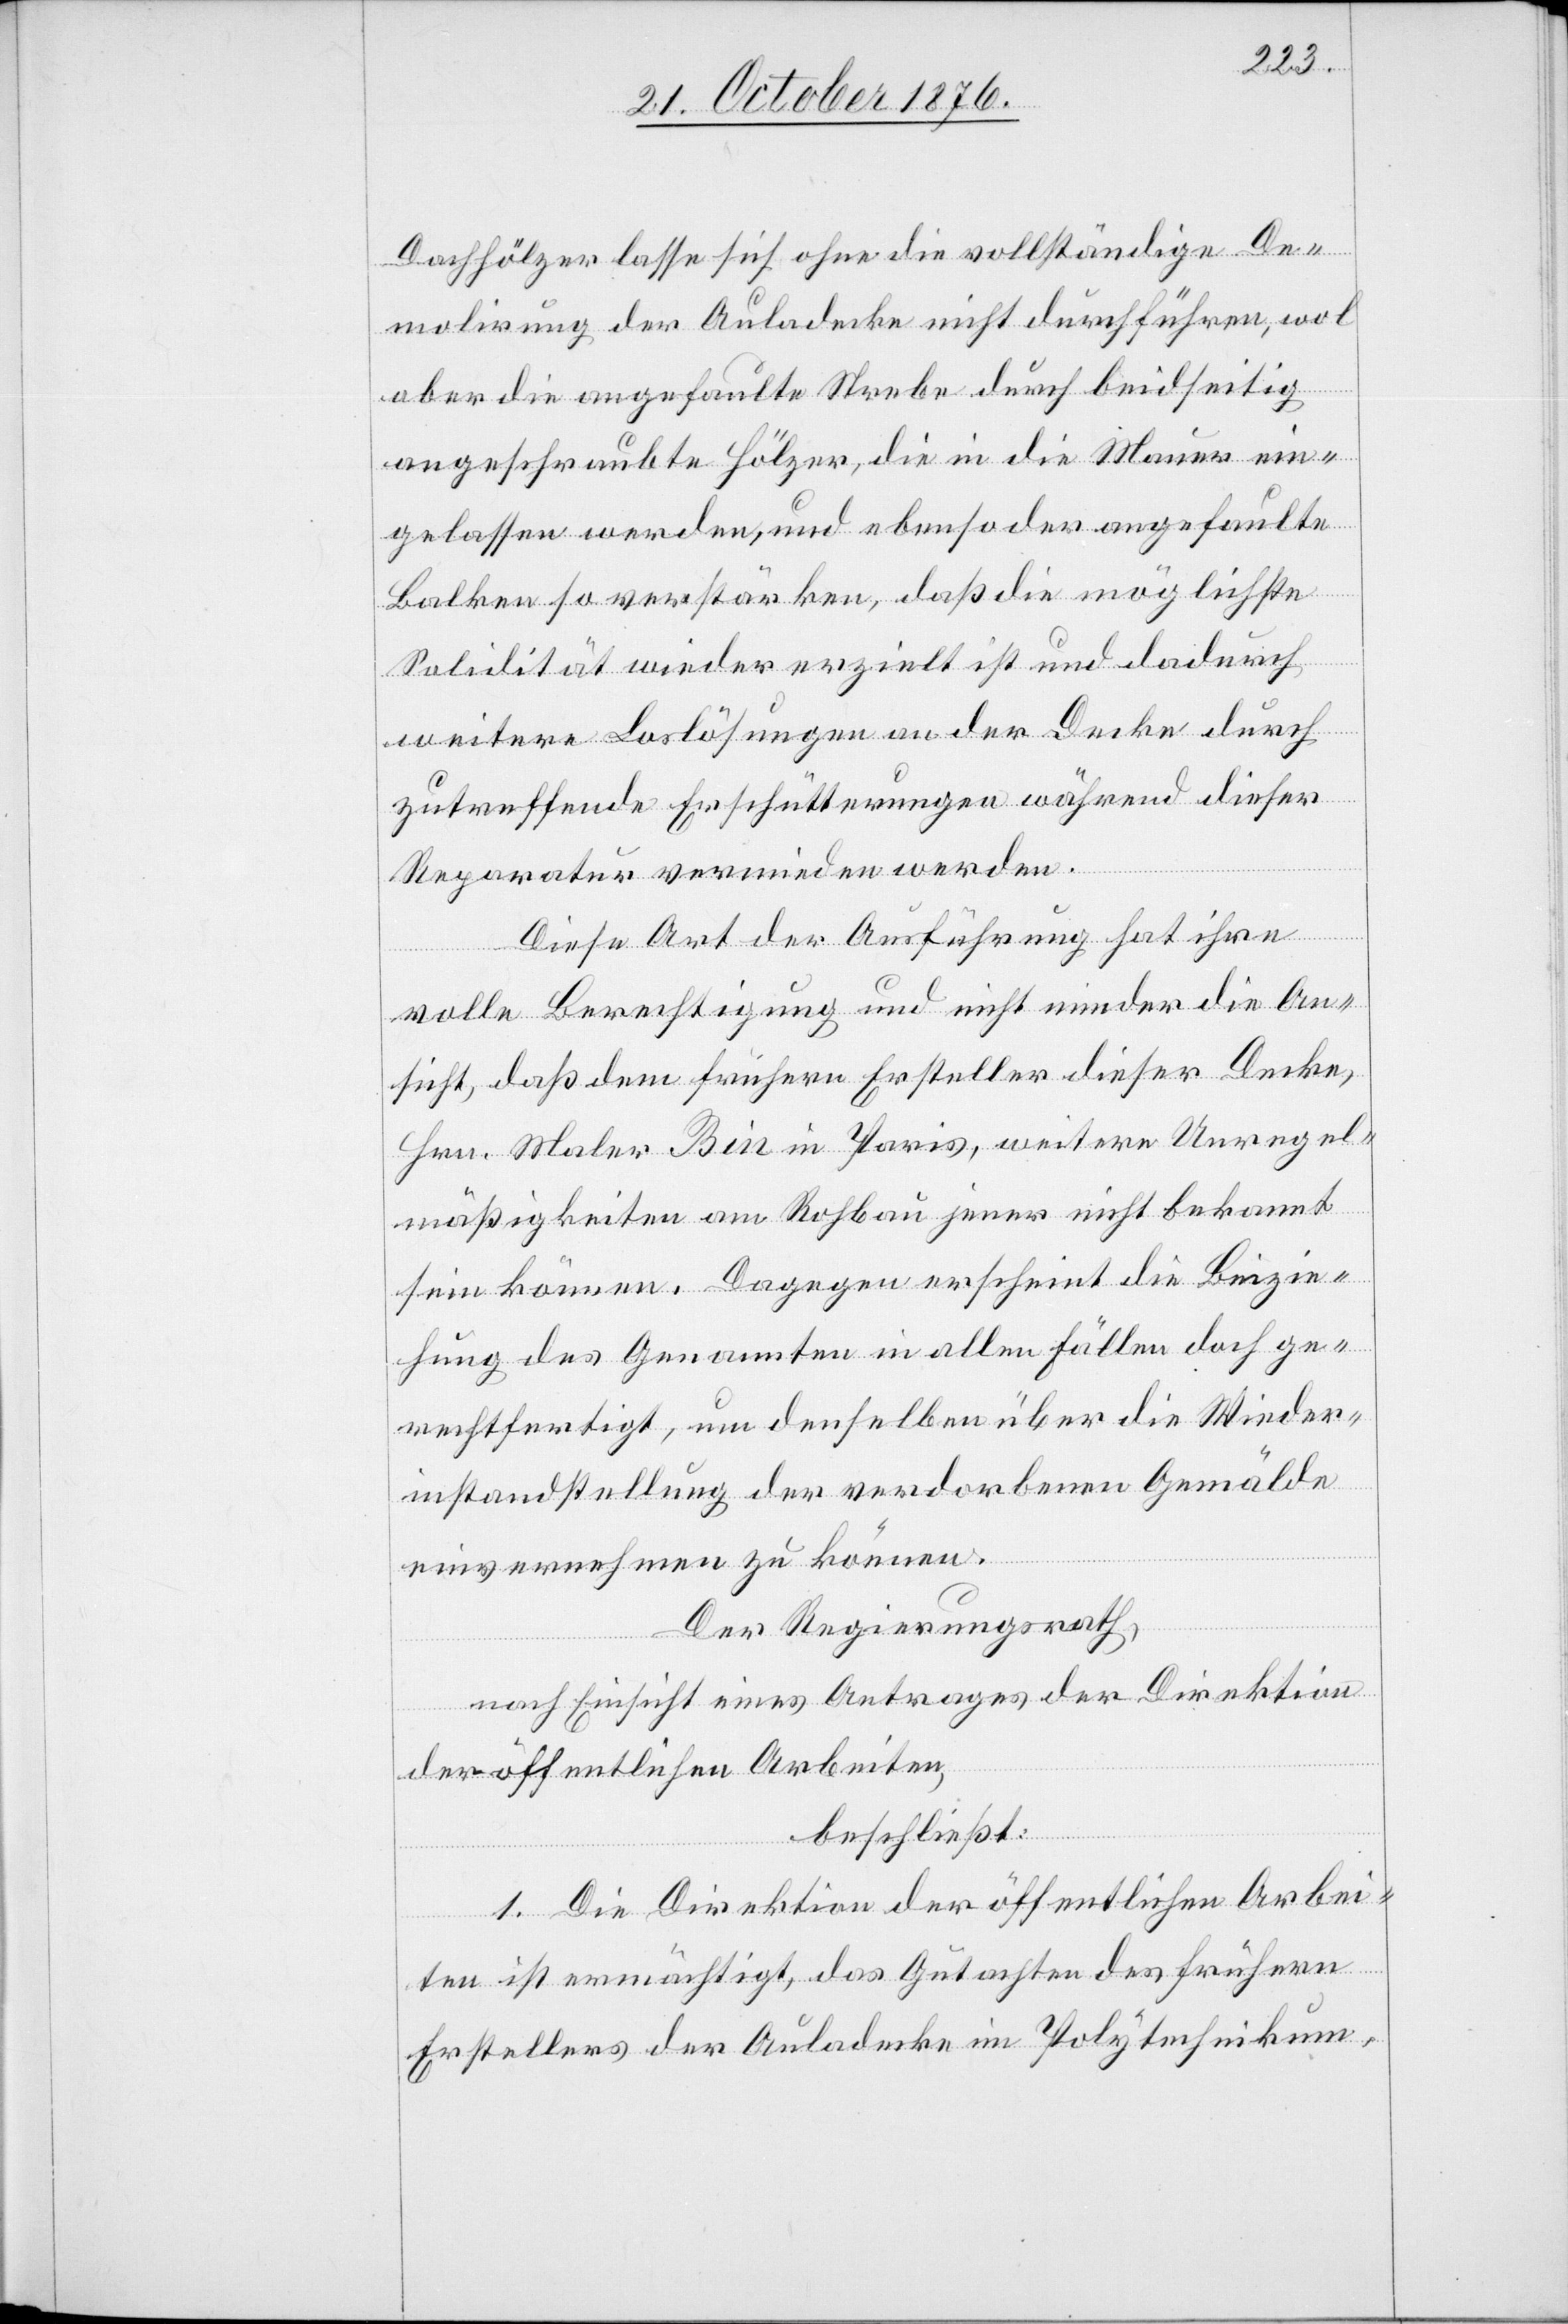
Dachhölzer lasse sich ohne die vollständige De¬
molirung der Auladecke nicht durchführen, wol
aber die angefaulte Strebe durch beidseitig
angeschraubte Hölzer, die in die Mauer ein¬
gelassen werden, und ebenso der angefaulte
Balken so verstärken, daß die möglichste
Solidität wieder erzielt ist und dadurch
weitere Loslösungen an der Decke durch
zutreffende Erschütterungen während dieser
Reparatur vermieden werden.
Diese Art der Ausführung hat ihre
volle Berechtigung und nicht minder die An¬
sicht, daß dem Frühern Ersteller dieser Decke
Hrn. Maler Bin in Paris, weitere Unregel¬
mäßigkeiten am Rohbau jeder nicht bekannt
sein können. Dagegen erscheint die Bezie¬
hung des Genannten in allen Fällen doch ge¬
rechtfertigt, um denselben über die Wieder¬
instandstellung der verdorbenen Gemälde
einvernehmen zu können.
Der Regierungsrath,
nach Einsicht eines Antrages der Direktion
der öffentlichen Arbeiten,
beschließt:
1. Die Direktion der öffentlichen Arbei¬
ten ist ermächtigt, das Gutachten des frühern
Erstellers der Auladecke im Polytechnikum,